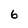
Character: 6